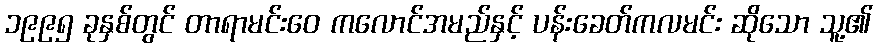
၁၉၉၅ ခုနှစ်တွင် တာရာမင်းဝေ ကလောင်အမည်နှင့် ပန်းခေတ်ကလမင်း ဆိုသော သူ့၏